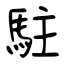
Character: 駐